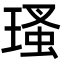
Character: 瑵